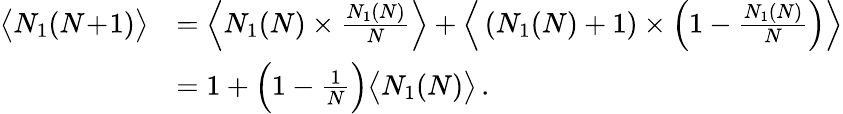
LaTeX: \begin{array}{rl}{\big\langle N_{1}(N\! +\! 1)\big\rangle}&{=\Big\langle N_{1}(N)\times\frac{N_{1}(N)}{N}\Big\rangle+\Big\langle\left(N_{1}(N)+1\right)\times\Big(1-\frac{N_{1}(N)}{N}\Big)\Big\rangle}\\ &{=1+\Big(1-\frac{1}{N}\Big)\big\langle N_{1}(N)\big\rangle\, .}\end{array}